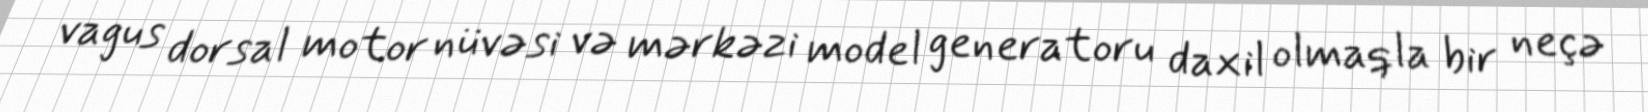
vagus dorsal motor nüvəsi və mərkəzi model generatoru daxil olmaqla bir neçə